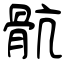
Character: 骯